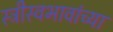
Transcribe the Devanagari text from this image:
स्त्रीस्वभावांच्या